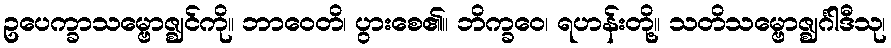
ဥပေက္ခာသမ္ဗောဇ္ဈင်ကို။ ဘာဝေတိ၊ ပွားစေ၏။ ဘိက္ခဝေ၊ ရဟန်းတို့။ သတိသမ္ဗောဇ္ဈင်္ဂါဒီသု၊